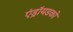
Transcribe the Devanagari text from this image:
एंड्रॉयडको